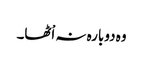
وہ دوبارہ نہ اْٹھا۔